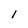
Character: l